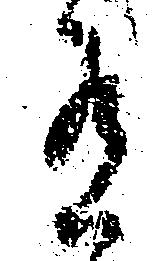
有